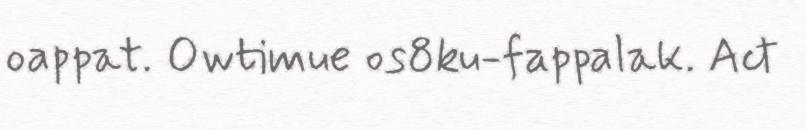
oappat. Owtimue os8ku-fappalak. Act